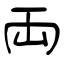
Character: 両